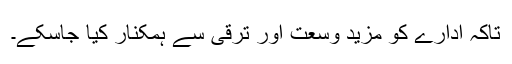
تاکہ ادارے کو مزید وسعت اور ترقی سے ہمکنار کیا جاسکے۔